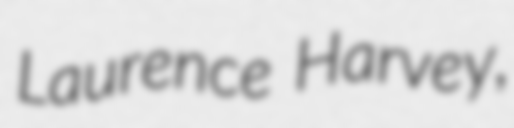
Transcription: Laurence Harvey,